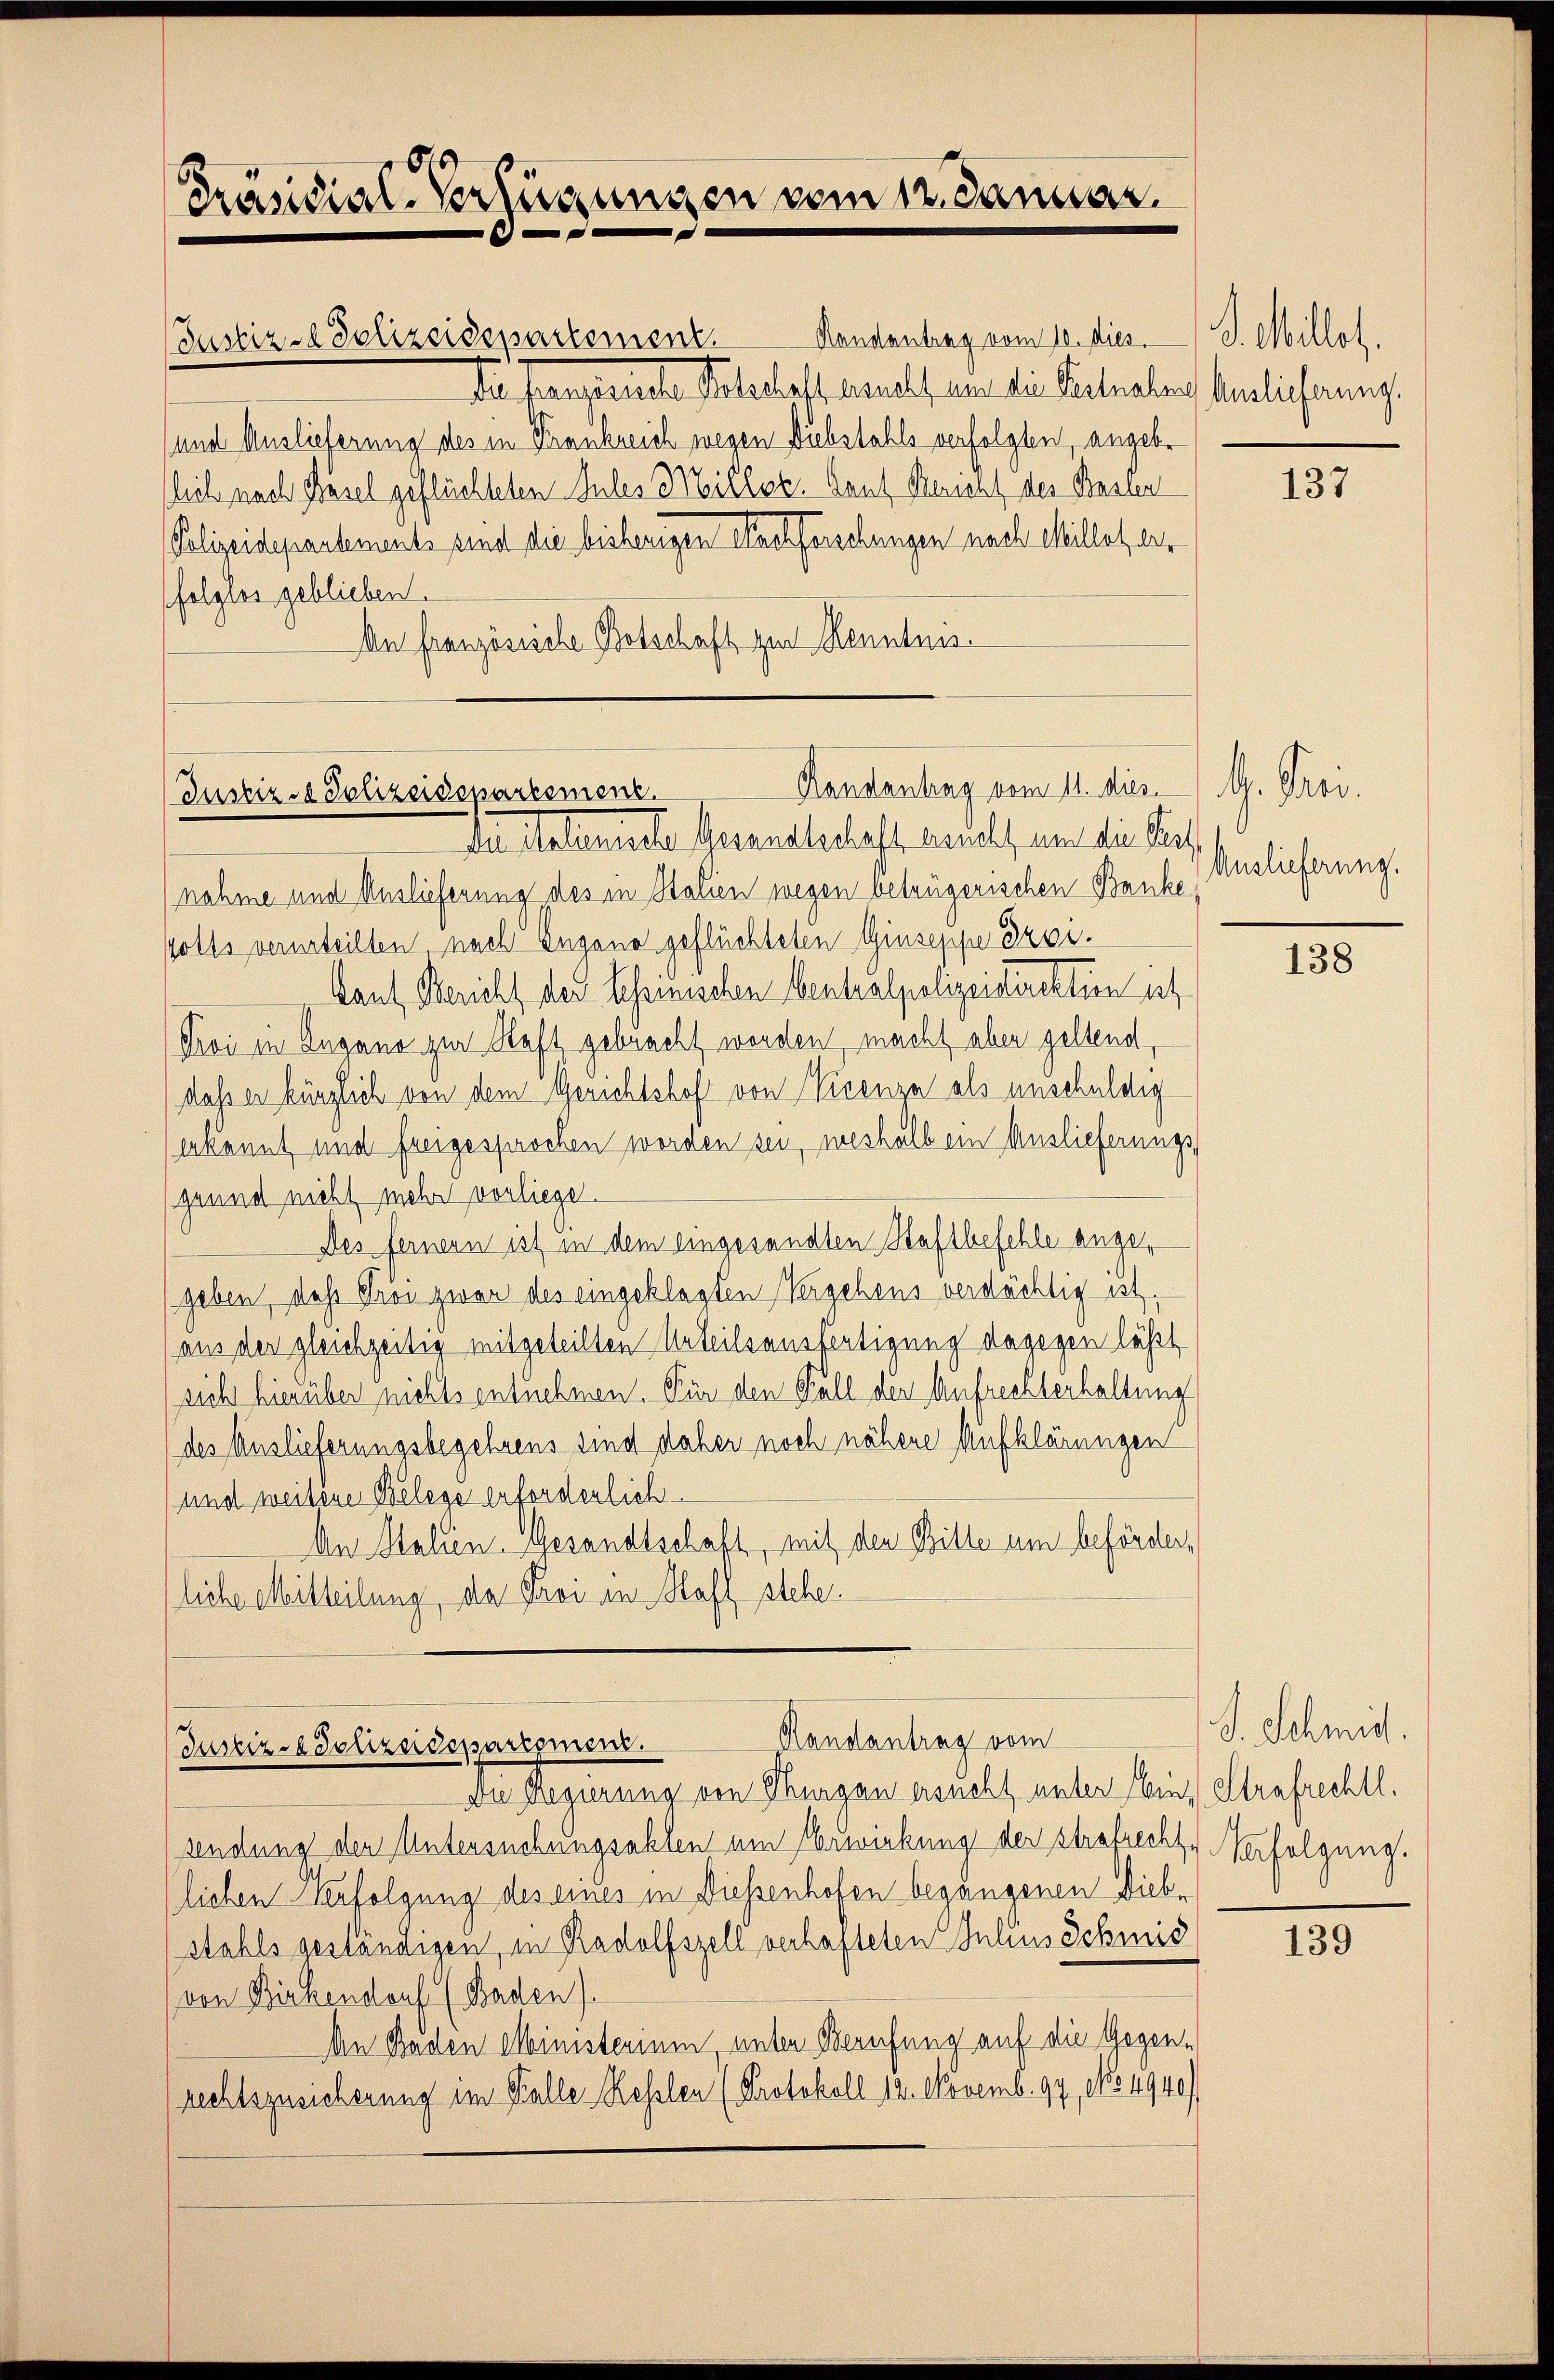
Präsidial-Verfügungen vom 1. Januar.
e

Randantrag vom 10. dies
de famparierte Felschaft ersucht, und die Beatralen hindlicherung.
und Auslieferung des in Frankreich wegen Diebstahls verfolgten, angebr
lich nach Basel geflüchteten Inles Millet. Gant Bericht des Basler
Polizeidepartements sind die bisherigen Nachforschungen nach Millet wer
folglos geblieben.
An Französiche Botschaft zur Kenntnis

Justiz-Polizeidepartement

Handantag vom 11. dies G. Troi.
Justiz- & Polizeisspartement.
de Malemente Gesandtschaft annels um die Pet

nahme und Auslieferung des in Stallen wegen betrügerischen Banke
volls verurteilten nach Zugano geflüchteten Giuseppe droi
Gant Bericht des Lessinischen Centralpolizeidirektion ist
Groi in Zugano zur Staft gebracht worden, macht aber geltend,
daß er kürzlich von dem Gerichtshof von Vicenza als unschuldig
erkannt und freigesprochen worden sei, weshalb ein Auslieferungs
grund nicht mehr vorliege.
Des fernern ist in dem eingesandten Staftbefehle angegeben, das Gros zwar des eingeklagten Vergehens verdächtig ist.
(aus der gleichzeitig mitgeteilten Urteilsausfertigung dagegen läßt
sich hierüber nichts entnehmen. Für den Fall der Aufrechterhaltung
des Auslieferungsbegehrens sind daher noch nähere Aufklärungen
und weitere Belege erforderlich
An Stalien Gesandtschaft, mit den Bitte um beförderliche Mitteilung, da Frei an Haff stehe

Randantrag vom
Justiz- & Polizeidepartement.

Die Regierung von Thurgau ersucht unter Ein Strafrechtl.
sendung der Untersuchungsakten um Erwirkung der Strafrechte Verfolgung.
lieben Verfolgung des eines in Diessenhofen begangenen Diebe
stahls geständigen, in Radolfszell verhafteten Juliusschmid
von Birkendorf (Baden).
An Baden Ministerium unter Berufung auf die Gegenrechtszusicherung im Falle Rehlen (Protokoll 12. Novemb. 97, No 4940

I. Millet,

137

Auslieferung.

138

S. Schmid.

139